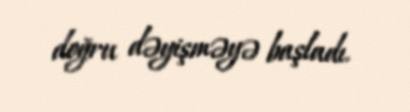
doğru dəyişməyə başladı.